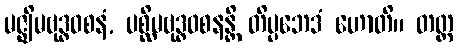
မဇ္ဈိမဗုဒ္ဓဝစနံ, ပစ္ဆိမဗုဒ္ဓဝစနန္တိ တိပ္ပဘေဒံ ဟောတိ။ တတ္ထ